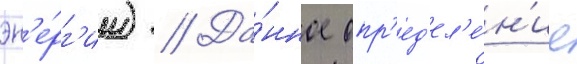
эн'е́рг'ии) // Да́нное опр'ед'ел'е́н'ие